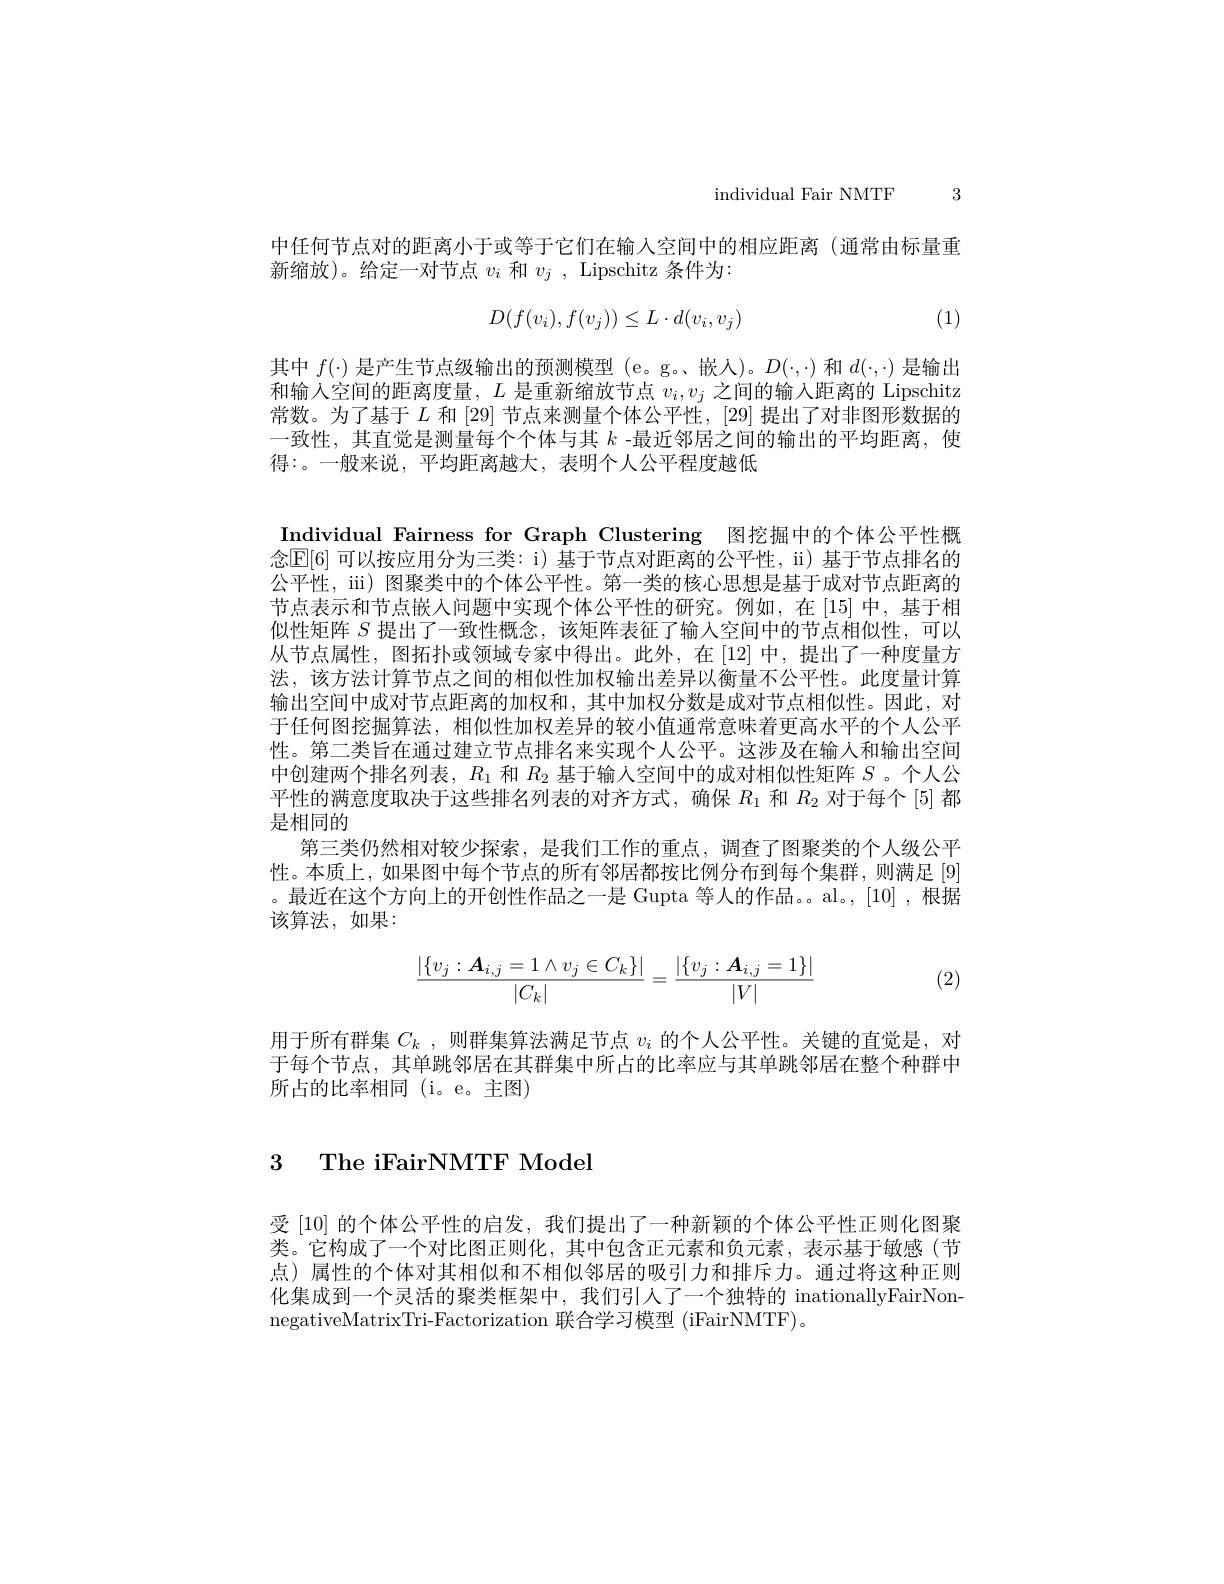
individual Fair NMTF 3

中任何节点对的距离小于或等于它们在输入空间中的相应距离(通常由标量重
新缩放)。给定一对节点$v_i$和$v_j$, Lipschitz 条件为：
$$D(f(v_i),f(v_j))\leq L\cdot d(v_i,v_j)$$
(1)

其中$f(\cdot)$是产生节点级输出的预测模型 (e。g。、嵌人)。$D(\cdot,\cdot)$和$d(\cdot,\cdot)$是输出和输入空间的距离度量，$L$是重新缩放节点$v_i,v_j$之间的输入距离的 Lipschitz 常数。为了基于$L$和 [29] 节点来测量个体公平性，[29] 提出了对非图形数据的一致性，其直觉是测量每个个体与其$k$ -最近邻居之间的输出的平均距离，使得：。一般来说，平均距离越大，表明个人公平程度越低

Individual Fairness for Graph Clustering 图挖掘中的个体公平性概念$\mathbb{E}[6]$ 可以按应用分为三类：i) 基于节点对距离的公平性，ii) 基于节点排名的公平性，iii) 图聚类中的个体公平性。第一类的核心思想是基于成对节点距离的节点表示和节点嵌入问题中实现个体公平性的研究。例如，在[15]中，基于相似性矩阵$S$提出了一致性概念，该矩阵表征了输入空间中的节点相似性，可以从节点属性，图拓扑或领域专家中得出。此外，在[12]中，提出了一种度量方法，该方法计算节点之间的相似性加权输出差异以衡量不公平性。此度量计算输出空间中成对节点距离的加权和，其中加权分数是成对节点相似性。因此，对于任何图挖掘算法，相似性加权差异的较小值通常意味着更高水平的个人公平性。第二类旨在通过建立节点排名来实现个人公平。这涉及在输入和输出空间中创建两个排名列表，$R_{1}$和$R_{2}$基于输人空间中的成对相似性矩阵$S$ 。个人公平性的满意度取决于这些排名列表的对齐方式，确保$R_{1}$和$R_{2}$对于每个[5]都是相同的
第三类仍然相对较少探索，是我们工作的重点，调查了图聚类的个人级公平性。本质上，如果图中每个节点的所有邻居都按比例分布到每个集群，则满足[9] 。最近在这个方向上的开创性作品之一是 Gupta 等人的作品。al。,[10] ,根据该算法，如果：
$$\frac{|\{v_j:\boldsymbol{A}_{i,j}=1\wedge v_j\in C_k\}|}{|C_k|}=\frac{|\{v_j:\boldsymbol{A}_{i,j}=1\}|}{|V|}$$
(2)

用于所有群集$C_k$ , 则群集算法满足节点$v_i$的个人公平性。关键的直觉是，对于每个节点，其单跳邻居在其群集中所占的比率应与其单跳邻居在整个种群中所占的比率相同(i。e。主图)

## 3 The iFairNMTF Model

受 [10] 的个体公平性的启发，我们提出了一种新颖的个体公平性正则化图聚类。它构成了一个对比图正则化，其中包含正元素和负元素，表示基于敏感(节点)属性的个体对其相似和不相似邻居的吸引力和排斥力。通过将这种正则化集成到一个灵活的聚类框架中，我们引人了一个独特的 inationallyFairNonnegativeMatrixTri-Factorization 联合学习模型 (iFairNMTF)。